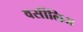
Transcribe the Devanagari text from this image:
वर्सीलिज